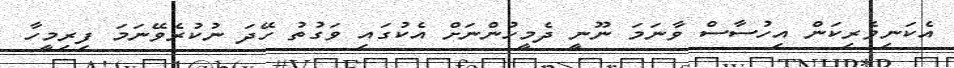
އެކަނިވެރިކަން އިހުސާސް ވާނަމަ ނޫނީ ދެމީހުންނަށް އެކުގައި ވަގުތު ހޭދަ ނުކުރެވޭނަމަ ފިރިމީހާ